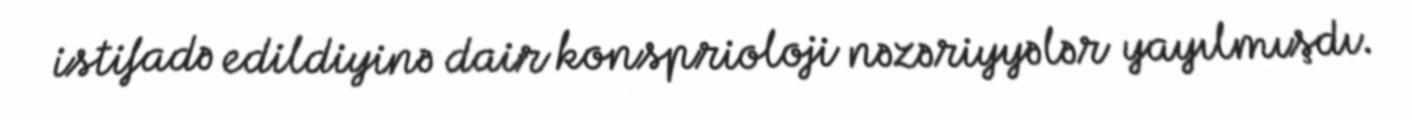
istifadə edildiyinə dair konsprioloji nəzəriyyələr yayılmışdı.